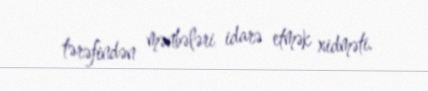
tərəfindən mənbələri idarə etmək xidməti.